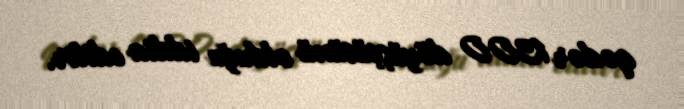
qədər 1300 döyüşçüsünü olduğu iddia edilir.